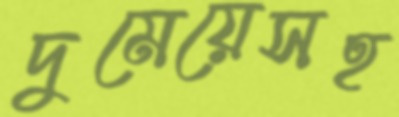
দুমেয়েসহ